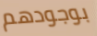
بوجودهم